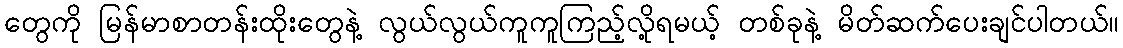
တွေကို မြန်မာစာတန်းထိုးတွေနဲ့ လွယ်လွယ်ကူကူကြည့်လို့ရမယ့် တစ်ခုနဲ့ မိတ်ဆက်ပေးချင်ပါတယ်။